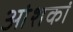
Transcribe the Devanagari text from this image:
आंशकां